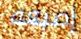
إصبعه